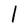
Character: l